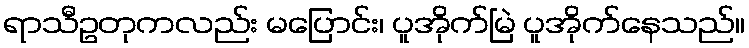
ရာသီဥတုကလည်း မပြောင်း၊ ပူအိုက်မြဲ ပူအိုက်နေသည်။